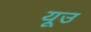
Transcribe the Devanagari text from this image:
यूउ